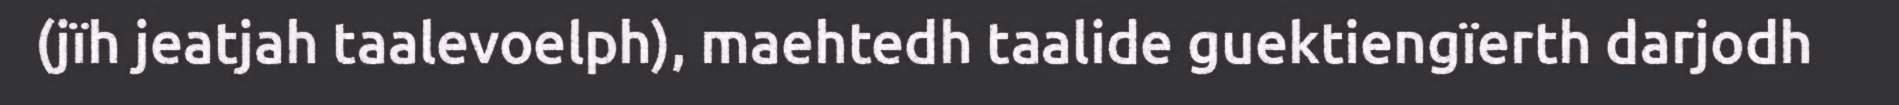
(jïh jeatjah taalevoelph), maehtedh taalide guektiengïerth darjodh